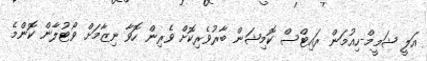
އަލީ ޝަމީމް-ހިއުމަން ރައިޓްސް ކޮމިޝަން ބާރުވެރިކޮށް ވެރިން ހޮވާ ނިޒާމަށް ވޯޓުލާން ކޮންމެ